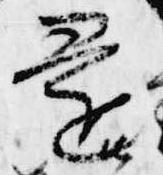
還